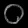
Digit: ၀